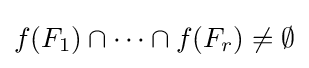
f(F_{1})\cap \cdots \cap f(F_{r})\neq \emptyset